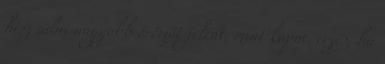
hisz adni nagyobb örömöt jelent, mint kapni. érzés, ha